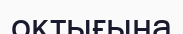
оқтығына